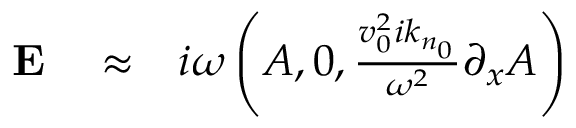
\begin{array} { r l r } { { \bf E } } & { { } \approx } & { i \omega \left( A , 0 , \frac { v _ { 0 } ^ { 2 } i k _ { n _ { 0 } } } { \omega ^ { 2 } } \partial _ { x } A \right) } \end{array}